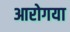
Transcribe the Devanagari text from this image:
आरोगया